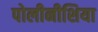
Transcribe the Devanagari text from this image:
पोलीनीशिया